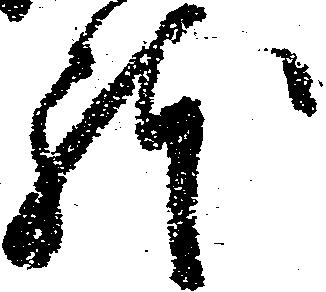
体